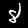
Digit: 8